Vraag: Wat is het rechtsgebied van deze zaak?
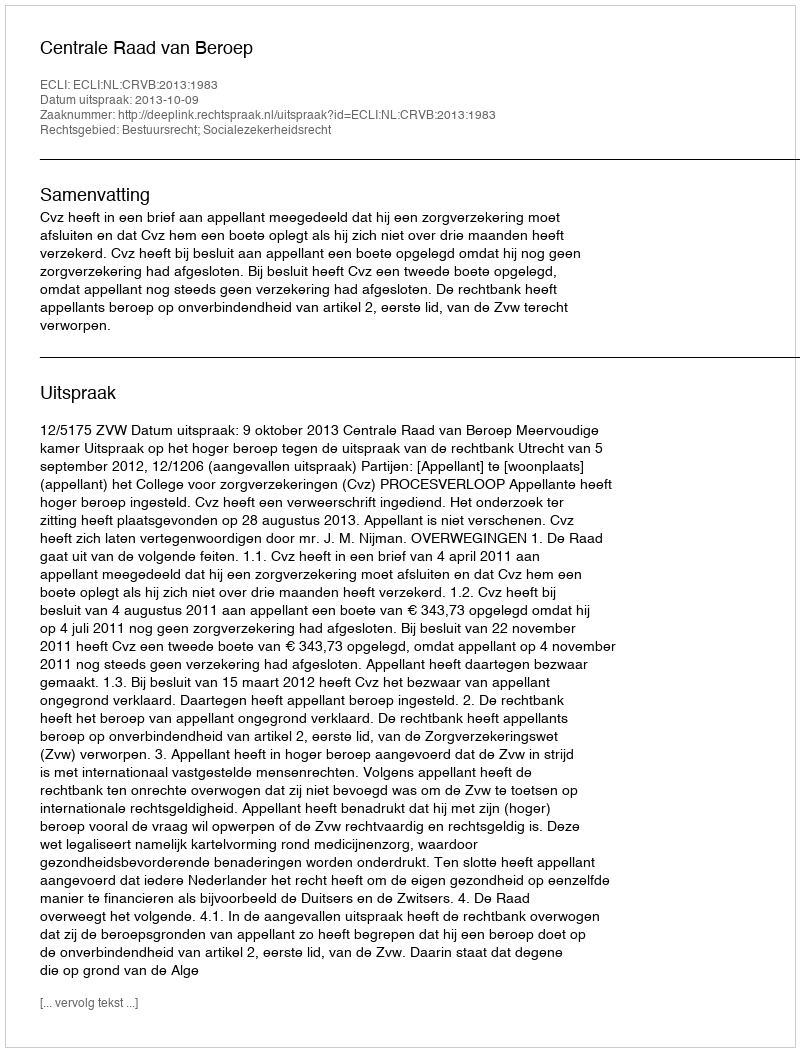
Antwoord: Bestuursrecht; Socialezekerheidsrecht